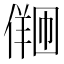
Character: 𪝩